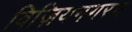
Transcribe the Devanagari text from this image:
विज़ियनगरम